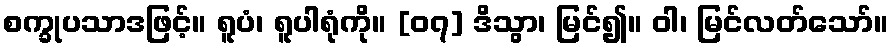
စက္ခုပသာဒဖြင့်။ ရူပံ၊ ရူပါရုံကို။ [၀၇] ဒိသွာ၊ မြင်၍။ ဝါ၊ မြင်လတ်သော်။